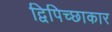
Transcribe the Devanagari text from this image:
द्विपिच्छाकार